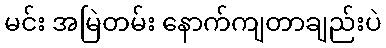
မင်း အမြဲတမ်း နောက်ကျတာချည်းပဲ